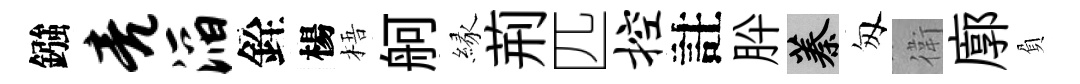
鏹亮滔銓楊梧舸縁荊匹控註肸蓁匆衛廓負